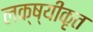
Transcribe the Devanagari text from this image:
लक्ष्यीकृत